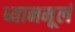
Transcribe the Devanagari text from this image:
ध्यानमूलं